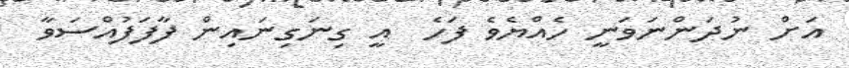
އަށް ނުދަންނަވަނީ ހެއްޔެވެ ފަހެ  އީ ގިނަގިނައިން ފާފަފުއްސަވާ